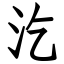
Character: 汔